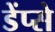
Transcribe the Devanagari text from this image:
डेंप्से